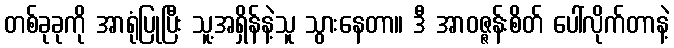
တစ်ခုခုကို အာရုံပြုပြီး သူ့အရှိန်နဲ့သူ သွားနေတာ။ ဒီ အာဝဇ္ဇန်းစိတ် ပေါ်လိုက်တာနဲ့